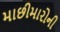
માછીમારોની